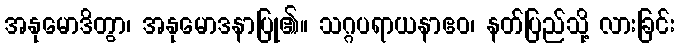
အနုမောဒိတွာ၊ အနုမောဒနာပြု၏။ သဂ္ဂပရာယနာဧဝ၊ နတ်ပြည်သို့ လားခြင်း